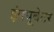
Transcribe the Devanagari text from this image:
इंक्यूबेटर